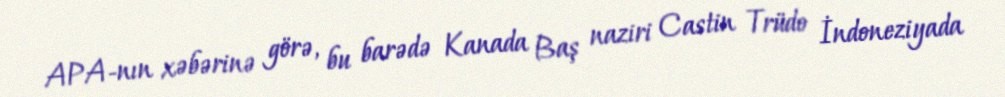
APA-nın xəbərinə görə, bu barədə Kanada Baş naziri Castin Trüdo İndoneziyada